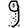
Digit: 9